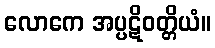
လောကေ အပ္ပဋိဝတ္တိယံ။